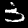
Digit: 3